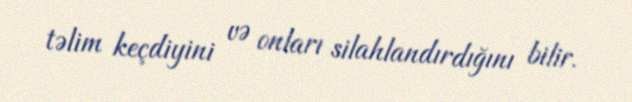
təlim keçdiyini və onları silahlandırdığını bilir.